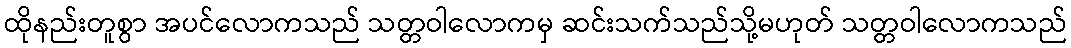
ထိုနည်းတူစွာ အပင်လောကသည် သတ္တဝါလောကမှ ဆင်းသက်သည်သို့မဟုတ် သတ္တဝါလောကသည်